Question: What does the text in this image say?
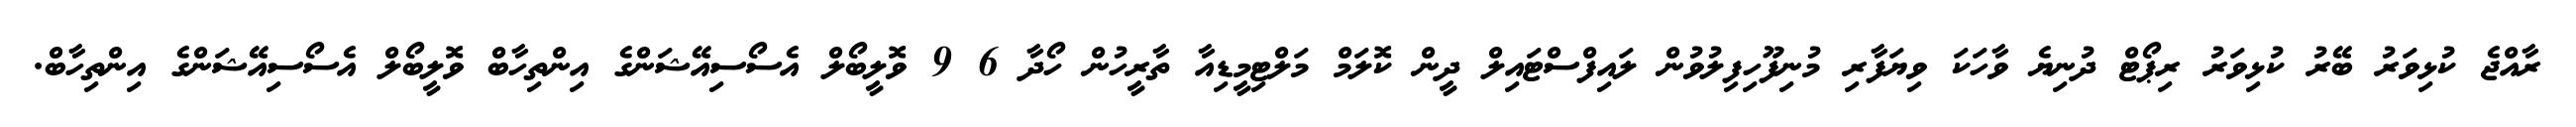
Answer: ރާއްޖެ ކުޅިވަރު ބޭރު ކުޅިވަރު ރިޕޯޓް ދުނިޔެ ވާހަކަ ވިޔަފާރި މުނިފޫހިފިލުވުން ލައިފްސްޓައިލް ދީން ކޮލަމް މަލްޓިމީޑިއާ ތާރީހުން ހޯދާ 6 9 ވޮލީބޯލް އެސޯސިއޭޝަންގެ އިންތިހާބް ވޮލީބޯލް އެސޯސިއޭޝަންގެ އިންތިހާބް.